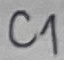
Text: C1